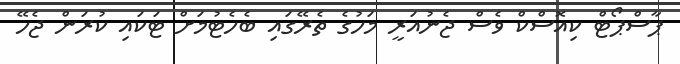
ޕާސްޕޯޓް ކިއޮސްކް ވެސް ޖެނުއަރީ މަހުގެ ތެރޭގައި ބެހެޓުމަށް ޓަކައި ކުރަން ޖެހޭ